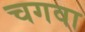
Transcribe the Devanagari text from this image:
चगवा